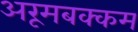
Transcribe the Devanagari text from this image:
अरूमबक्कम